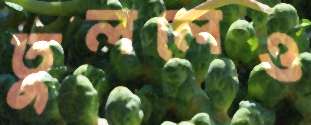
তুললেও